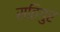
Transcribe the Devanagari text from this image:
सतिगुर